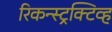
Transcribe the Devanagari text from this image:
रिकन्स्ट्रक्टिव्ह